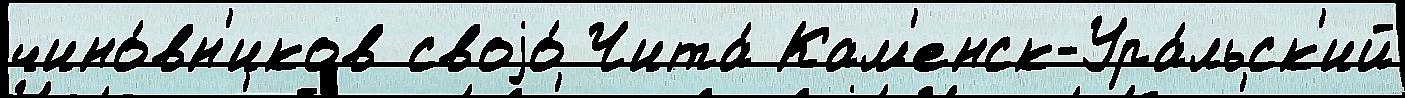
чино́вн'иков своjо́ Чита́ Кам'енск-Ура́льск'ий